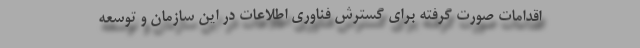
اقدامات صورت گرفته برای گسترش فناوری اطلاعات در این سازمان و توسعه